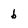
Character: b